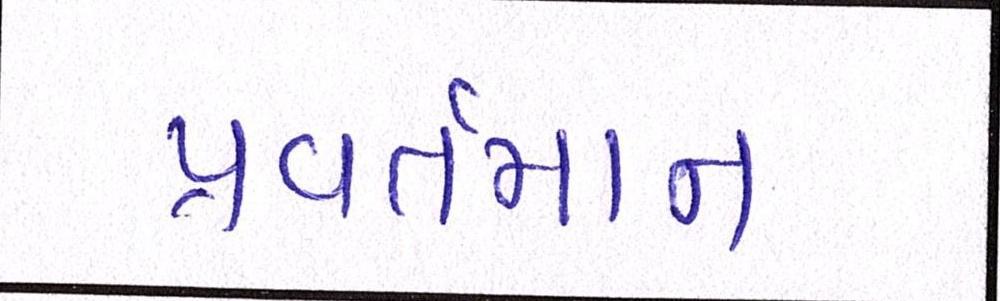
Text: પ્રવર્તમાન